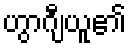
ဟွာဂျီယူ၏